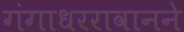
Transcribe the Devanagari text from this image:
गंगाधररावानने